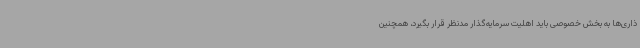
ذاری‌ها به بخش خصوصی باید اهلیت سرمایه‌گذار مدنظر قرار بگیرد، همچنین